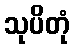
သုပိတုံ